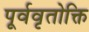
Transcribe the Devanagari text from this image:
पूर्ववृतोक्ति